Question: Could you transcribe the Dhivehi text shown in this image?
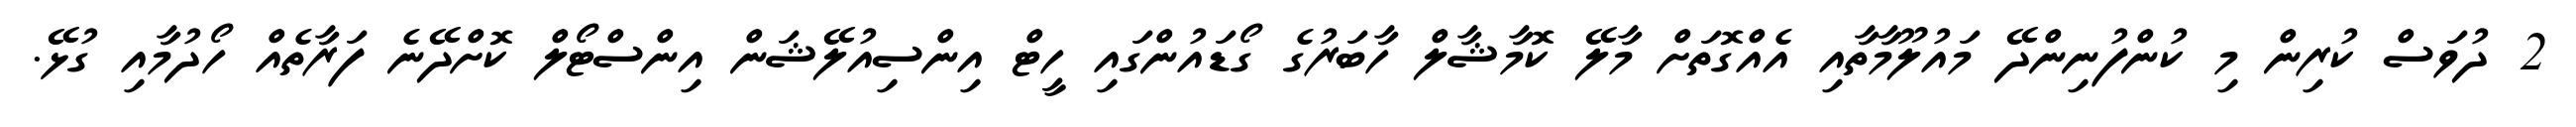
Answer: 2 ދުވަސް ކުރިން މި ކުންފުނިންދޭ މައުލޫމާތާއި އެއްގޮތަށް މާލޭ ކޮމާޝާލް ހާބަރުގެ ގޯޑައުންގައި ހީޓް އިންސިއުލޭޝަން އިންސްޓޯލް ކޮށްދޭނެ ފަރާތެއް ހޯދުމާއި ގުޅޭ.